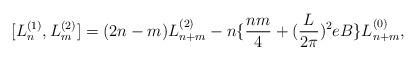
LaTeX: \begin{align*}[L^{(1)}_{n},L^{(2)}_{m}]=(2n-m)L^{(2)}_{n+m}-n\{\frac{nm}{4}+(\frac{L}{2\pi})^{2}eB\}L^{(0)}_{n+m},\end{align*}